Tartu_pedagoogiumi_aruanded, lk 10
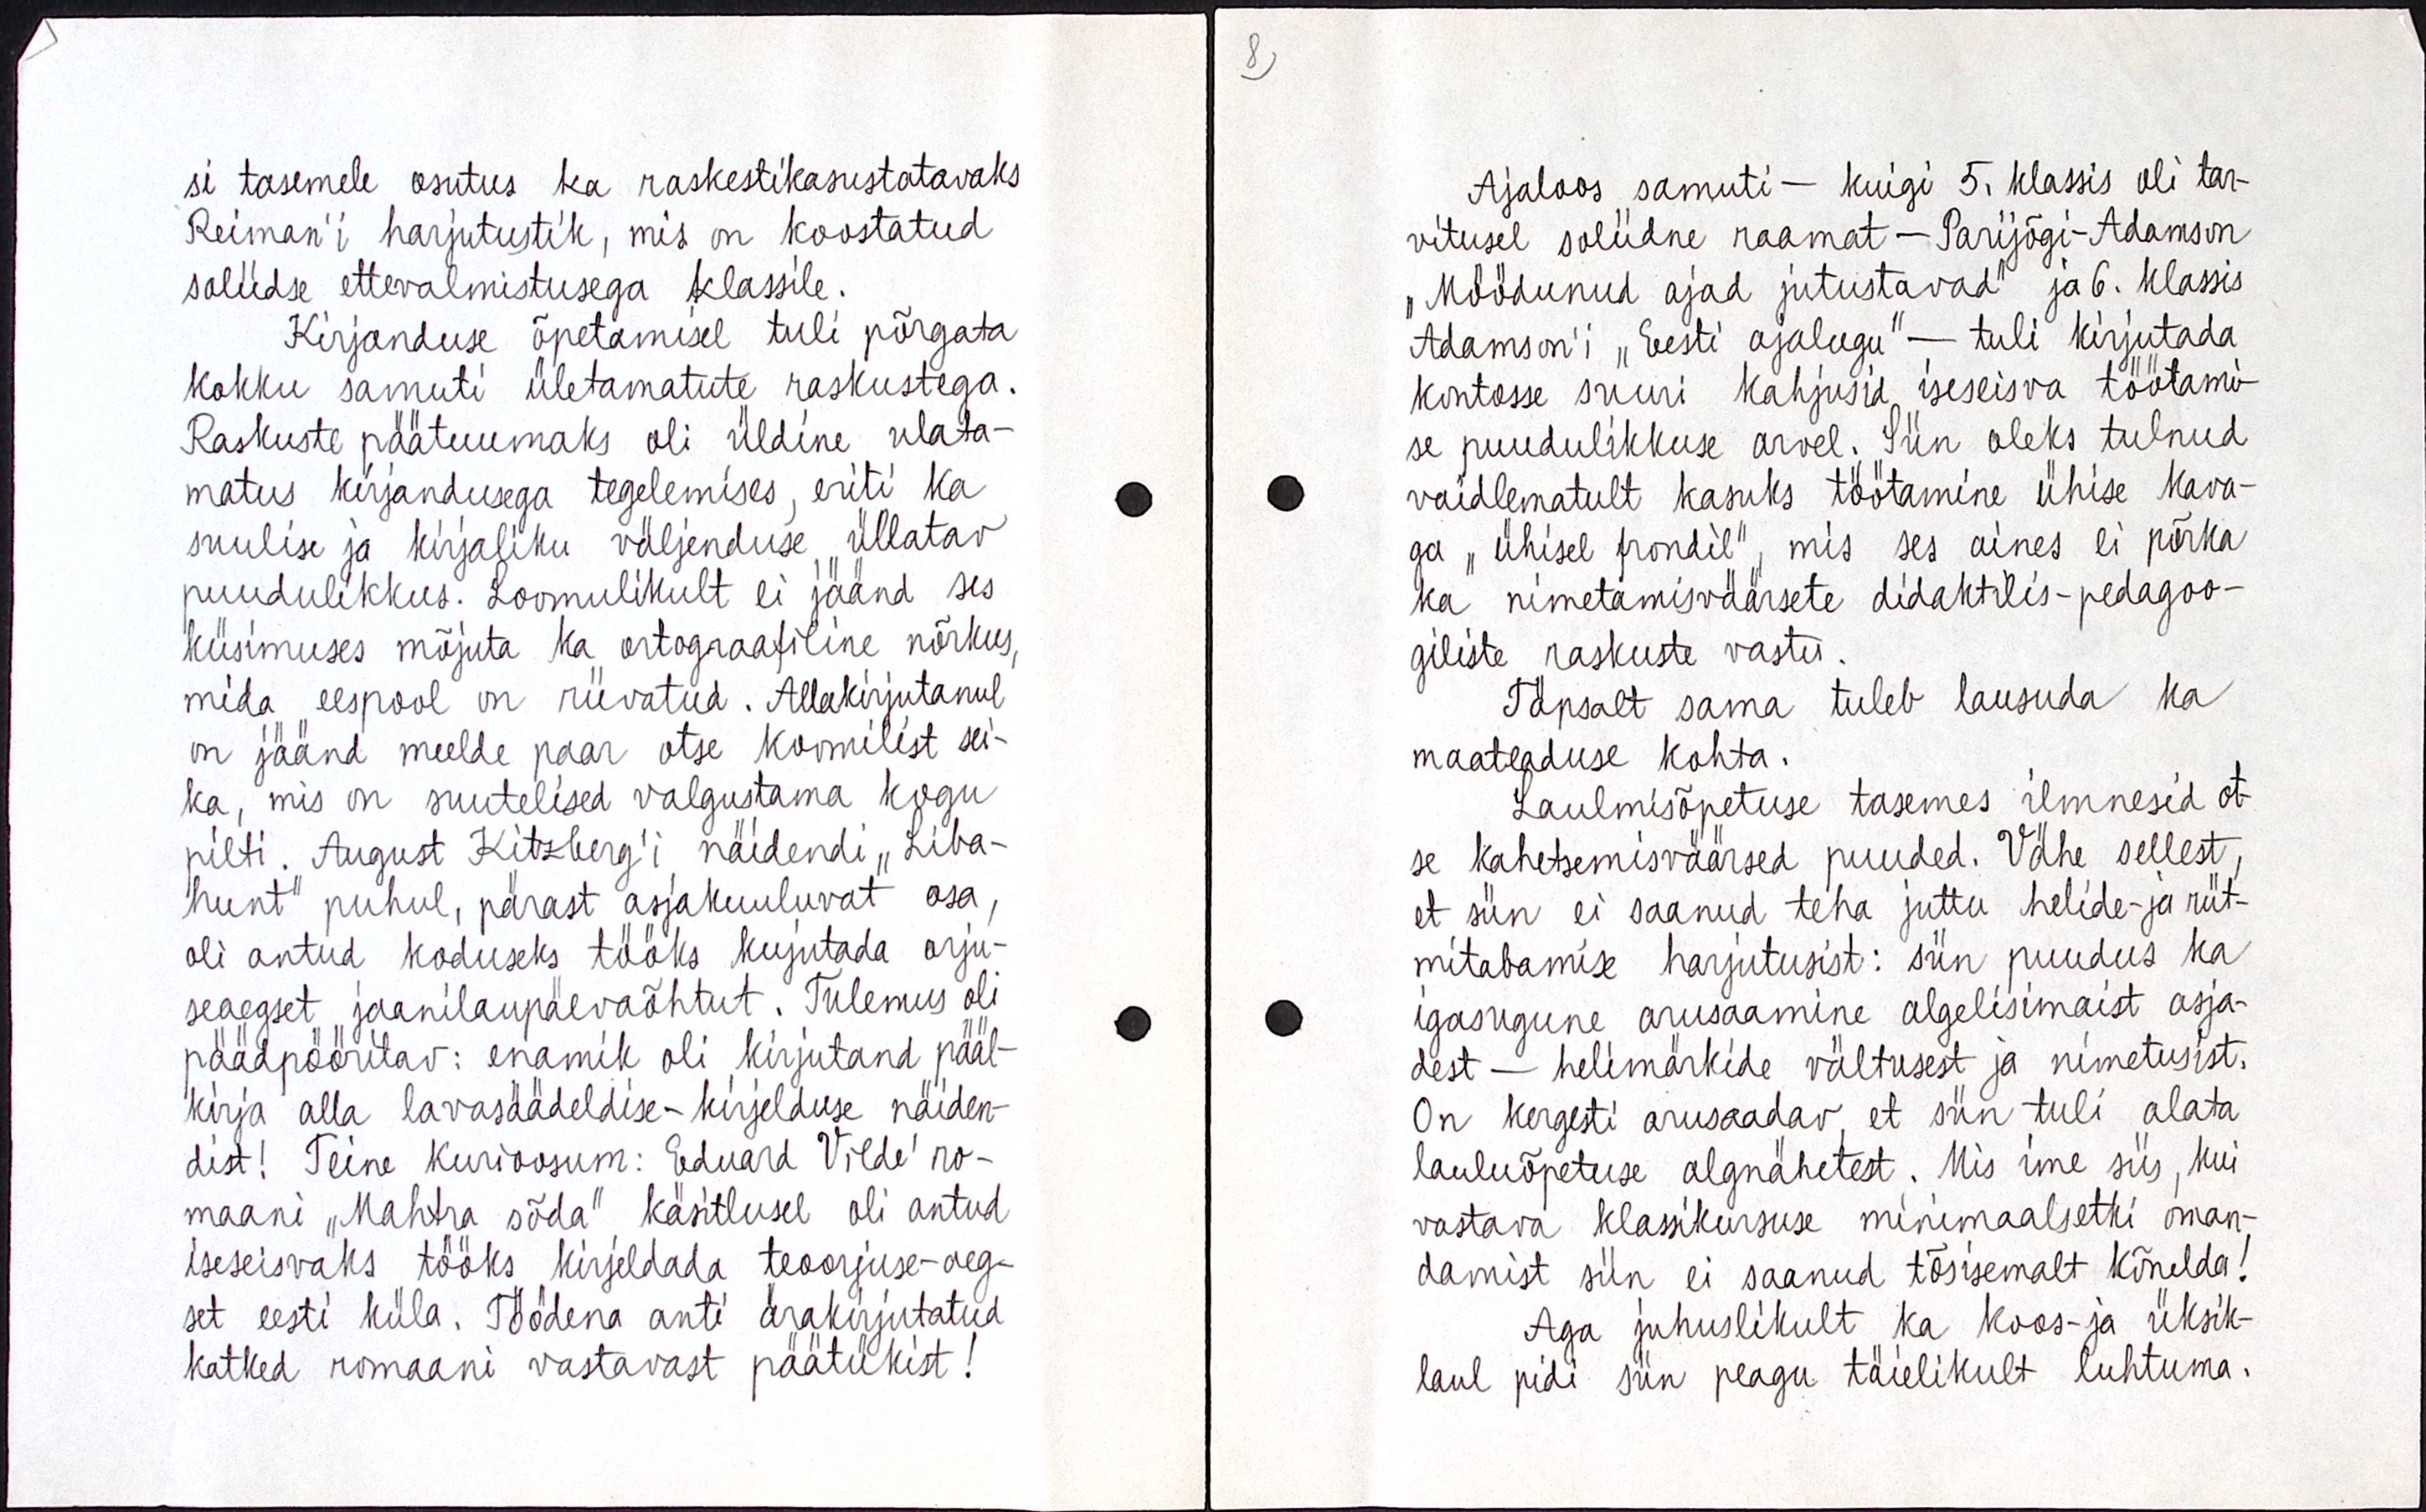
si tasemele osutus ka raskestikasustatavaks
Reimani`i harjutustik, mis on koostatud
soliidse ettevalmistusega klassile.
Kirjanduse õpetamisel tuli põrgata
kokku samuti ületamatute raskustega.
Raskuste päätuumaks oli üldine ulata-
matus kirjandusega tegelemises, eriti ka
suulise ja kirjaliku väljenduse üllatav
puudulikkus. Loomulikult ei jäänd ses
küsimuses mõjuta ka ortograafiline nõrkus,
mida eespool on riivatud. Allakirjutanul
on jäänud meelde paar otse koomilist sei-
ka, mis on suutelised valgustama kogu
pilti. August Kitzberg`i näidendi ,,Liba-
hunt" puhul, pärast asjakuuluvat osa,
oli antud koduseks tööks kujutada orju-
seaegset jaanilaupäevaõhtut. Tulemus oli
päädpööritav : enamik oli kirjutand pääl-
kirja alla lavasäädelise-kirjelduse näidend-
dist! Teine kurioosum : Eduard Vilde ro-
maani ,,Mahtra sõda" käsitlusel oli antud
iseseisvaks tööks kirjeldada teoorjuse-aeg-
set eesti küla. Töödena anti ärakirjutatud
katked romaani vastavast päätukist!

Ajaloos samuti - kuigi 5. klassis oli tar-
vitusel soliidne raamat - Parijõgi - Adamson
,, Möödunud ajad jutustavad " ja 6. klassis
Adamson`i ,, Eesti ajalugu " - tuli kirjutada
kontosse suuri kahjusid iseseisva töötami-
se puudulikkuse arvel. Siin oleks tulnud
vaidlematult kasuks töötamine ühise kava-
ga ,, ühisel frondil ", mis ses aines ei põrka
ka nimetamisväärsete didaktilis-pedagoo-
giliste raskuste vastu.
Täpselt sama tuleb lausuda ka
maateaduse kohta.
Laulmisõpetuse tasemes ilmnesid ot-
se kahetsemisväärsed puuded. Vähe sellest,
et siin ei saanud teha juttu helide- ja rüt-
mitabamise harjutusist : siin puudus ka 
igasugune arusaamine algelisimaist asja-
dest - helimärkide vältusest ja nimetusist.
On kergesti arusaadav, et siin tuli alata
lauluõpetuse algmähetest. Mis ime siis, kui 
vastava klassikursuse minimaalsetki oman-
damist siin ei saanud tõsisemalt kõnelda!
Aga juhuslikult ka koos- ja üksik-
laul pidi siin peagu täielikult luhtuma.